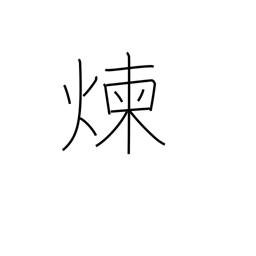
Meaning: refine metals